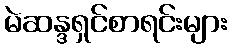
မဲဆန္ဒရှင်စာရင်းများ